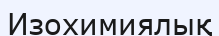
Изохимиялық